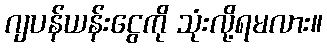
ဂျပန်ယန်းငွေကို သုံးလို့ရမလား။